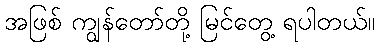
အဖြစ် ကျွန်တော်တို့ မြင်တွေ့ ရပါတယ်။